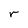
Character: r